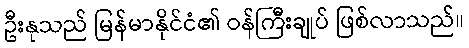
ဦးနုသည် မြန်မာနိုင်ငံ၏ ဝန်ကြီးချုပ် ဖြစ်လာသည်။